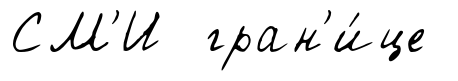
СМ'И гран'и́це